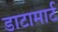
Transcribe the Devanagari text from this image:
डाटामार्ट